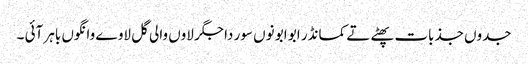
جدوں جذبات پھٹے تے کمانڈر ابو ابو نوں سور دا جگر لاوں والی گل لاوے وانگوں باہر آئی ۔